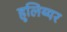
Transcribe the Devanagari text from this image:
हुलिय्यर